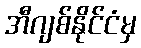
အီဂျစ်နိုင်ငံမှ